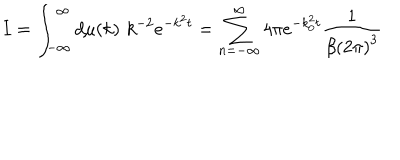
I = \int _ { - \infty } ^ { \infty } d \mu ( k ) \, \, k ^ { - 2 } e ^ { - k ^ { 2 } t } = \sum _ { n = - \infty } ^ { \infty } 4 \pi e ^ { - k _ { 0 } ^ { 2 } t } \frac { 1 } { \beta \left( 2 \pi \right) ^ { 3 } }